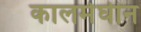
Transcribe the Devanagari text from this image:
कालमेघीन